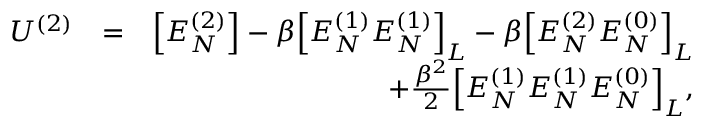
\begin{array} { r l r } { U ^ { ( 2 ) } } & { = } & { \Big [ E _ { N } ^ { ( 2 ) } \Big ] - \beta \Big [ E _ { N } ^ { ( 1 ) } E _ { N } ^ { ( 1 ) } \Big ] _ { L } - \beta \Big [ E _ { N } ^ { ( 2 ) } E _ { N } ^ { ( 0 ) } \Big ] _ { L } } \\ & { } & { + \frac { \beta ^ { 2 } } { 2 } \Big [ E _ { N } ^ { ( 1 ) } E _ { N } ^ { ( 1 ) } E _ { N } ^ { ( 0 ) } \Big ] _ { L } , } \end{array}